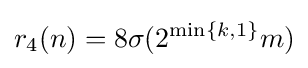
r_{4}(n)=8\sigma (2^{\min\{k,1\}}m)